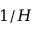
1 / H